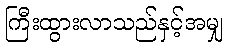
ကြီးထွားလာသည်နှင့်အမျှ